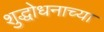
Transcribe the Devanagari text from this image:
शुद्धोधनाच्या